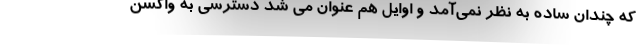
که چندان ساده به نظر نمی‌آمد و اوایل هم عنوان می شد دسترسی به واکسن